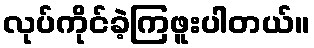
လုပ်ကိုင်ခဲ့ကြဖူးပါတယ်။